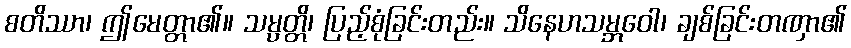
စတိဿာ၊ ဤမေတ္တာ၏။ သမ္ပတ္တိ၊ ပြည့်စုံခြင်းတည်း။ သိနေဟသမ္ဘဝေါ၊ ချစ်ခြင်းတဏှာ၏